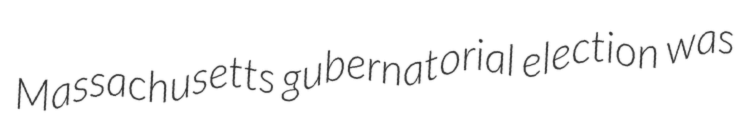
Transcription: Massachusetts gubernatorial election was